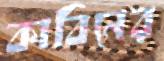
কাবিনের